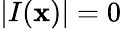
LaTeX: |I(\mathbf{x})|=0